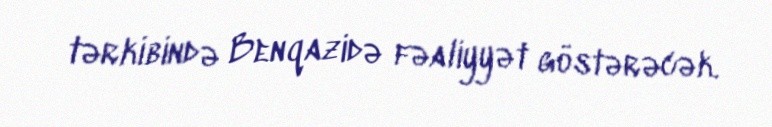
tərkibində Benqazidə fəaliyyət göstərəcək.